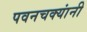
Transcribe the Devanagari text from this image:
पवनचक्यांनी